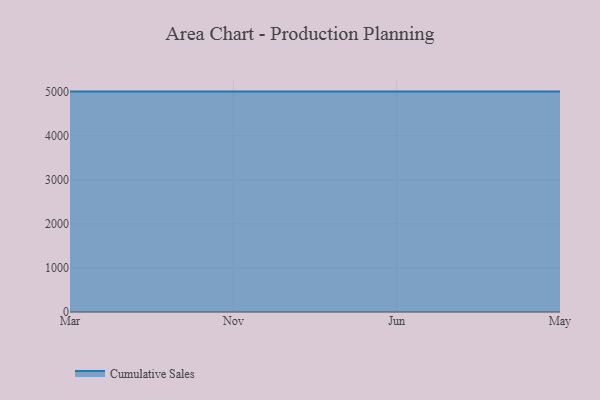
{"axis": {"x": "Month", "y": "Satisfaction Score"}, "legend": ["Cumulative Sales"], "data": [{"x": "Mar", "y": 5000, "type": "Cumulative Sales"}, {"x": "Nov", "y": 5000, "type": "Cumulative Sales"}, {"x": "Jun", "y": 5000, "type": "Cumulative Sales"}, {"x": "May", "y": 5000, "type": "Cumulative Sales"}]}